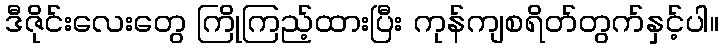
ဒီဇိုင်းလေးတွေ ကြိုကြည့်ထားပြီး ကုန်ကျစရိတ်တွက်နှင့်ပါ။